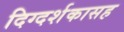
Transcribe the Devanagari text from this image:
दिग्दर्शकासह